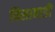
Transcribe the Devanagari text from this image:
बिसाबाडी